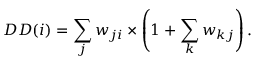
D D ( i ) = \sum _ { j } w _ { j i } \times \left( 1 + \sum _ { k } w _ { k j } \right) .